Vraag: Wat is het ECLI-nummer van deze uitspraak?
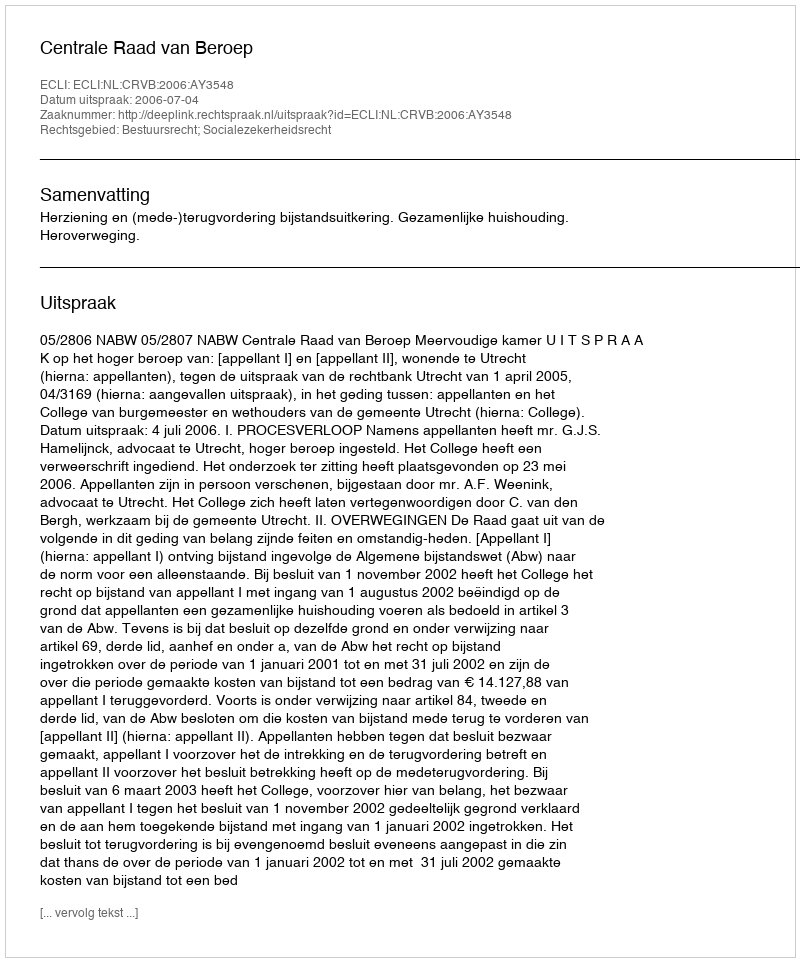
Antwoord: ECLI:NL:CRVB:2006:AY3548